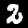
Digit: 2